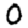
Digit: 0